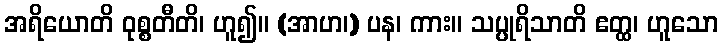
အရိယောတိ ဝုစ္စတီတိ၊ ဟူ၍။ (အာဟ၊) ပန၊ ကား။ သပ္ပုရိသာတိ ဧတ္ထ၊ ဟူသော